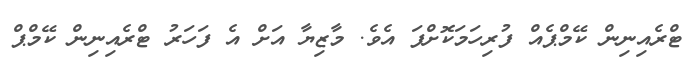
ޓްރެއިނިން ކޭމްޕެއް ފުރިހަަމަކޮށްފަ އެވެ. މާޒިޔާ އަށް އެ ފަހަރު ޓްރެއިނިން ކޭމްޕް